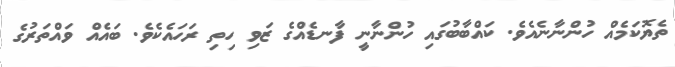
ތެޔޮކަމެއް ހުންނާނެއެވެ. ކައްބާބުގައި ހުންނާނީ ފާނޑެއްގެ ޒަވި ހިތި ރަހައެކެވެ. ބައެއް ވައްތަރުގެ